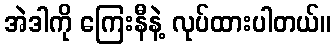
အဲဒါကို ကြေးနီနဲ့ လုပ်ထားပါတယ်။